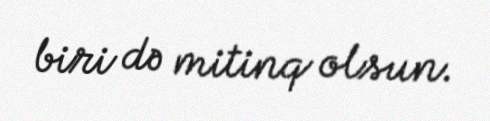
biri də mitinq olsun.